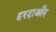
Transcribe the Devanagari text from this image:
हरदाऔर